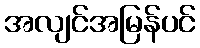
အလျင်အမြန်ပင်